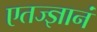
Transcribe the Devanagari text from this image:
एतज्ज्ञानं